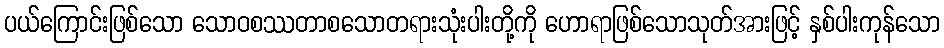
ပယ်ကြောင်းဖြစ်သော သောဝစဿတာစသောတရားသုံးပါးတို့ကို ဟောရာဖြစ်သောသုတ်အားဖြင့် နှစ်ပါးကုန်သော